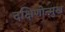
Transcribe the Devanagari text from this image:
दक्षिणोन्मुख